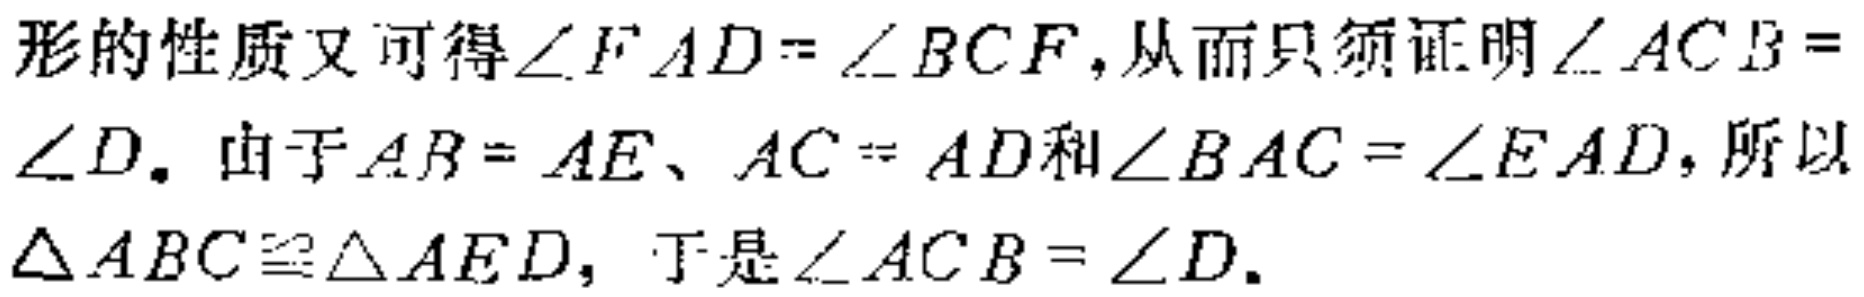
形的性质又可得$\angle FAD = \angle BCF$,从而只须证明$\angle ACB = \angle D$. 由于$AB = AE、AC = AD$和$\angle BAC = \angle EAD$, 所以$\triangle ABC\cong\triangle AED$, 于是$\angle ACB = \angle D$.